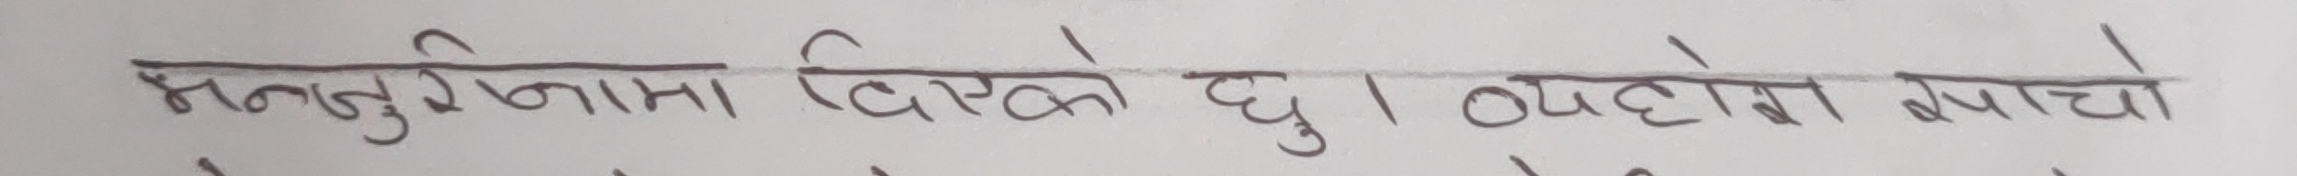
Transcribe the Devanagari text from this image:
मनुविज्ञानमा दिएको छु। व्यवहारमा पायो